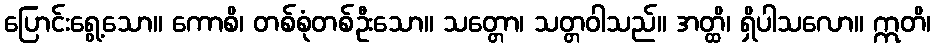
ပြောင်းရွေ့သော။ ကောစိ၊ တစ်စုံတစ်ဦးသော။ သတ္တော၊ သတ္တဝါသည်။ အတ္ထိ၊ ရှိပါသလော။ ဣတိ၊